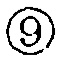
\textcircled{9}